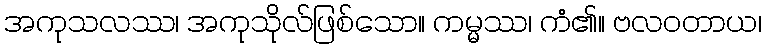
အကုသလဿ၊ အကုသိုလ်ဖြစ်သော။ ကမ္မဿ၊ ကံ၏။ ဗလဝတာယ၊